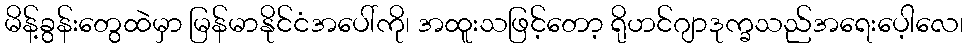
မိန့်ခွန်းတွေထဲမှာ မြန်မာနိုင်ငံအပေါ်ကို၊ အထူးသဖြင့်တော့ ရိုဟင်ဂျာဒုက္ခသည်အရေးပေ့ါလေ၊